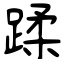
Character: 蹂